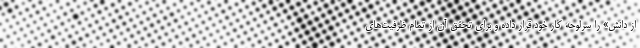
از دانش» را سرلوحه کار خود قرار داده و برای تحقق آن از تمام ظرفیت‌های